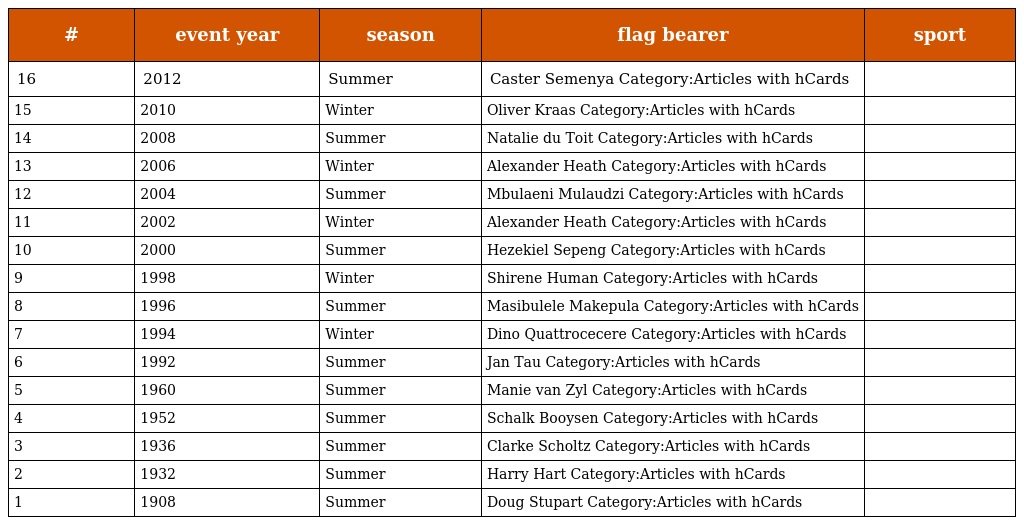
| # | event year | season | flag bearer | sport |
 | --- | --- | --- | --- | --- |
 | 16 | 2012 | Summer | Caster Semenya Category:Articles with hCards |  |
 | 15 | 2010 | Winter | Oliver Kraas Category:Articles with hCards |  |
 | 14 | 2008 | Summer | Natalie du Toit Category:Articles with hCards |  |
 | 13 | 2006 | Winter | Alexander Heath Category:Articles with hCards |  |
 | 12 | 2004 | Summer | Mbulaeni Mulaudzi Category:Articles with hCards |  |
 | 11 | 2002 | Winter | Alexander Heath Category:Articles with hCards |  |
 | 10 | 2000 | Summer | Hezekiel Sepeng Category:Articles with hCards |  |
 | 9 | 1998 | Winter | Shirene Human Category:Articles with hCards |  |
 | 8 | 1996 | Summer | Masibulele Makepula Category:Articles with hCards |  |
 | 7 | 1994 | Winter | Dino Quattrocecere Category:Articles with hCards |  |
 | 6 | 1992 | Summer | Jan Tau Category:Articles with hCards |  |
 | 5 | 1960 | Summer | Manie van Zyl Category:Articles with hCards |  |
 | 4 | 1952 | Summer | Schalk Booysen Category:Articles with hCards |  |
 | 3 | 1936 | Summer | Clarke Scholtz Category:Articles with hCards |  |
 | 2 | 1932 | Summer | Harry Hart Category:Articles with hCards |  |
 | 1 | 1908 | Summer | Doug Stupart Category:Articles with hCards |  |